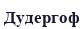
Дудергоф